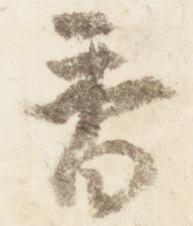
香